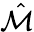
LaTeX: \hat{\mathcal{M}}